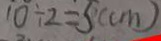
1 0 \div 2 = 5 ( c m )